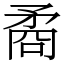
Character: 矞